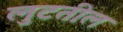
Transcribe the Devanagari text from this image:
लुटतील